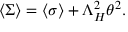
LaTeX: \langle \Sigma \rangle = \langle \sigma \rangle + \Lambda _ { H } ^ { 2 } \theta ^ { 2 } .